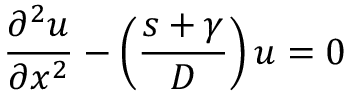
\frac { \partial ^ { 2 } u } { \partial x ^ { 2 } } - \left( \frac { s + \gamma } { D } \right) u = 0